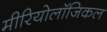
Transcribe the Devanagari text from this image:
मीरियोलॉजिकल